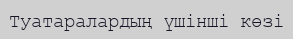
Туатаралардың үшінші көзі